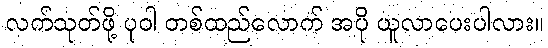
လက်သုတ်ဖို့ ပုဝါ တစ်ထည်လောက် အပို ယူလာပေးပါလား။